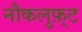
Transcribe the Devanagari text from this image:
नौकलुफ़्ट